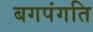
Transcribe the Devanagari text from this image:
बगपंगति